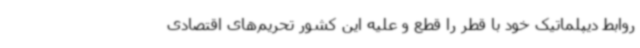
روابط دیپلماتیک خود با قطر را قطع و علیه این کشور تحریم‌های اقتصادی